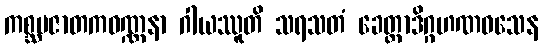
ကစ္ဆပဇာတကဝဏ္ဏနာ ဂါယဿူတိ သရသတံ ခေတ္တာဒိဂ္ဂဟဏဝသေန